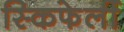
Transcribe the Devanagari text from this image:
स्किफेर्ली